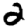
Digit: 2